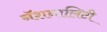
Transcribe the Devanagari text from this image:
नॅशनालिटी